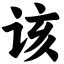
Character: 该